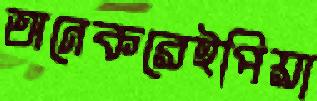
অনেকরেইপিয়া